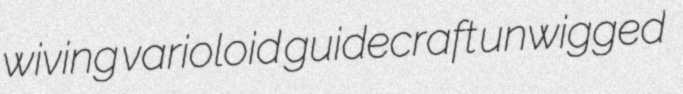
wiving varioloid guidecraft unwigged